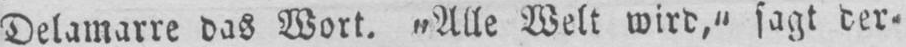
Delamarre das Wort. „Alle Welt wird‚“ sagt der⸗